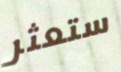
ستعثر